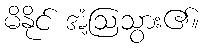
မိနိုင် အံ့ဩသွား၏။